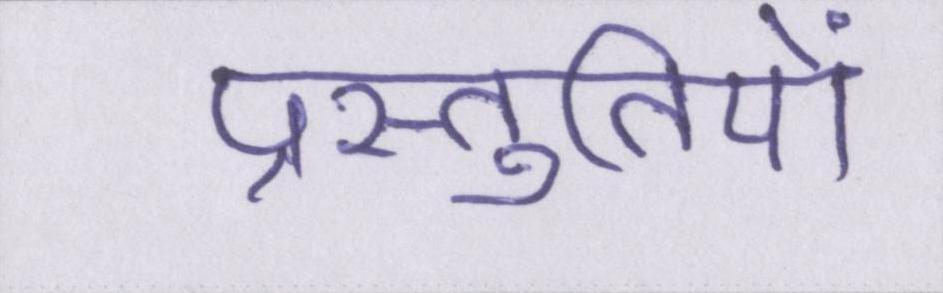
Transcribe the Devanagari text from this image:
प्रस्तुतियों